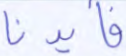
فأيدنا